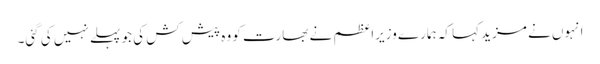
انہوں نے مزید کہا کہ ہمارے وزیراعظم نے بھارت کو وہ پیش کش کی جو پہلے نہیں کی گئی۔